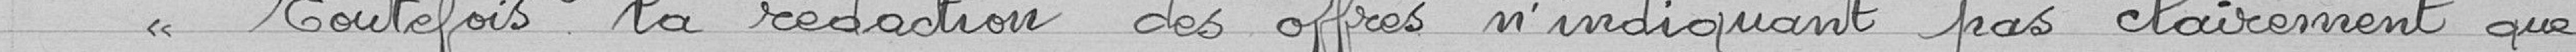
"Toutefois la rédaction des offres n'indiquant pas clairement que